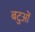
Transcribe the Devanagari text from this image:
बटुओं